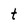
Character: t